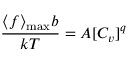
\frac { \langle f \rangle _ { \operatorname* { m a x } } b } { k T } = A [ C _ { v } ] ^ { q }